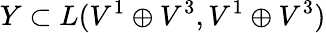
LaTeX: Y\subset L(V^{1}\oplus V^{3},V^{1}\oplus V^{3})